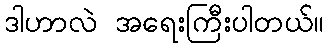
ဒါဟာလဲ အရေးကြီးပါတယ်။